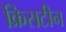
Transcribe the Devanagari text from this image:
क्रिसटीन